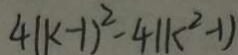
4 ( k - 1 ) ^ { 2 } - 4 ( k ^ { 2 } - 1 )